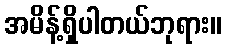
အမိန့်ရှိပါတယ်ဘုရား။